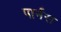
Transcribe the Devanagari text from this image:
पार्नस